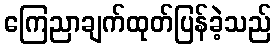
ကြေညာချက်ထုတ်ပြန်ခဲ့သည်